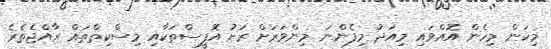
މިކަން މިހެން އޮއްވައި މިއަދު މިފެންނަ މިންވަރަށް ރަށު އޮފީސްތަކާއި މިސްކިތްތައް ރާއްޖެތެރެ